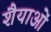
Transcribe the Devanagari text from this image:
शैैयाओं